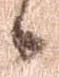
候